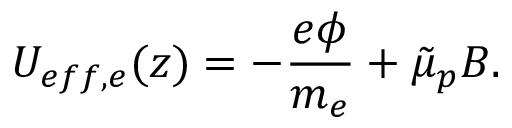
U _ { e f f , e } ( z ) = - \frac { e \phi } { m _ { e } } + \Tilde { \mu } _ { p } B .